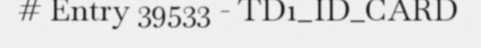
# Entry 39533 - TD1_ID_CARD